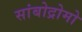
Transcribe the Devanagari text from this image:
सांबोद्रोमो